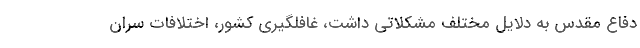
دفاع مقدس به دلایل مختلف مشکلاتی داشت، غافلگیری کشور، اختلافات سران